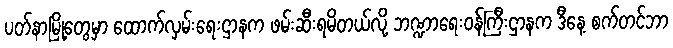
ပတ်နာမြို့တွေမှာ ထောက်လှမ်းရေးဌာနက ဖမ်းဆီးရမိတယ်လို့ ဘဏ္ဍာရေးဝန်ကြီးဌာနက ဒီနေ့ စက်တင်ဘာ